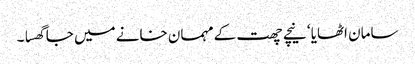
سامان اٹھایا ‘ نیچے چھت کے مہمان خانے میں جا گھسا ۔